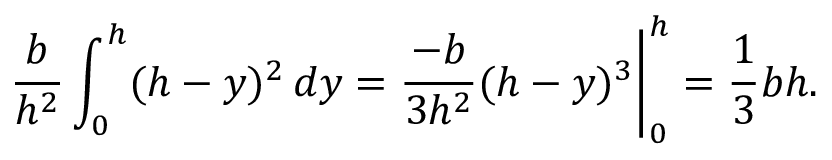
{ \frac { b } { h ^ { 2 } } } \int _ { 0 } ^ { h } ( h - y ) ^ { 2 } \, d y = { \frac { - b } { 3 h ^ { 2 } } } ( h - y ) ^ { 3 } { \bigg | } _ { 0 } ^ { h } = { \frac { 1 } { 3 } } b h .